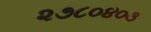
૨૭૮૦૪૦૩